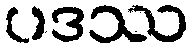
ပဒဿ